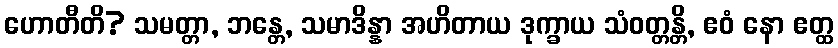
ဟောတီတိ? သမတ္တာ, ဘန္တေ, သမာဒိန္နာ အဟိတာယ ဒုက္ခာယ သံဝတ္တန္တိ, ဧဝံ နော ဧတ္ထ